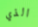
الذي